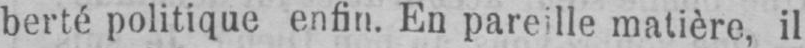
matière, il